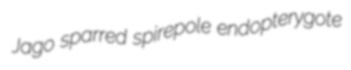
Jago sparred spirepole endopterygote